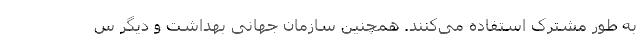
به طور مشترک استفاده می‌کنند. همچنین سازمان جهانی بهداشت و دیگر س